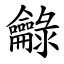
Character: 龣